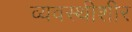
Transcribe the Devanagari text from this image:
व्यवस्थीशीर